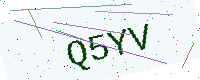
Text: Q5YV